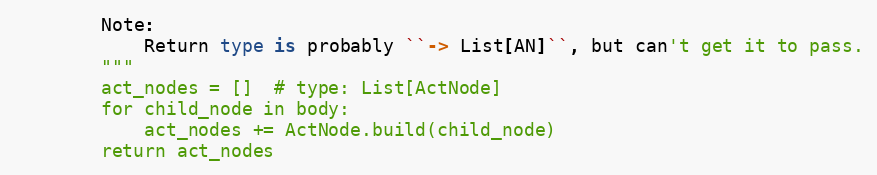
Language: Python
        Note:
            Return type is probably ``-> List[AN]``, but can't get it to pass.
        """
        act_nodes = []  # type: List[ActNode]
        for child_node in body:
            act_nodes += ActNode.build(child_node)
        return act_nodes